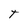
Character: T